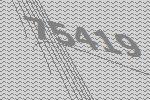
75419